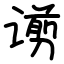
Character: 谫